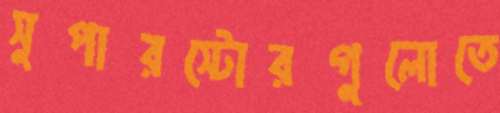
সুপারস্টোরগুলোতে